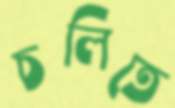
চলিতে